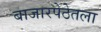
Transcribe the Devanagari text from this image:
बाजारपेठेतला